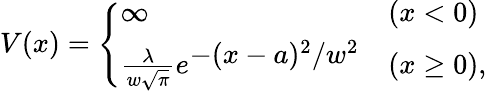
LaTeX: V(x)=\left\{ \begin{array}{ll}{\infty~}&{(x<0)}\\ {\frac{\lambda}{w\sqrt{\pi}}e^{\textstyle-(x-a)^{2}/w^{2}}}&{(x\ge 0),}\end{array}\right.